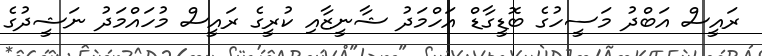
ރައީސް އަބްދު މަސީހުގެ ބޮޑީގާޑް އަހްމަދު ޝާނީޒާއި ކުރީގެ ރައީސް މުހައްމަދު ނަޝީދުގެ